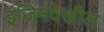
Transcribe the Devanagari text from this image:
इंजिनदेखील